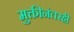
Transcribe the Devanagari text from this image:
मुक्तीनंतरही